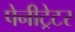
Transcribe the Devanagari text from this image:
पेनीट्रेटर